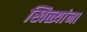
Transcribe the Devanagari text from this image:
खिळ्यांना